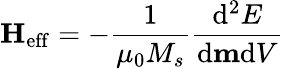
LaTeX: \mathbf{H}_{\mathrm{eff}}=-{\frac{1}{\mu_{0}M_{s}}}{\frac{\mathrm{d}^{2}E}{\mathrm{d}\mathbf{m}\mathrm{d}V}}